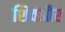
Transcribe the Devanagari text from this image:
शिवऔर